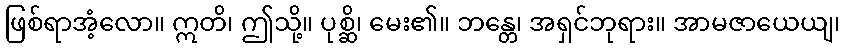
ဖြစ်ရာအံ့လော။ ဣတိ၊ ဤသို့။ ပုစ္ဆိ၊ မေး၏။ ဘန္တေ၊ အရှင်ဘုရား။ အာမဇာယေယျ၊